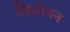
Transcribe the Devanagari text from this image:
मिसीगन